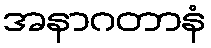
အနာဂတာနံ